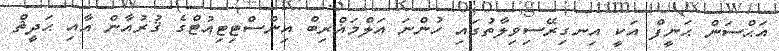
އަޙްސަން ޙަނީފް އަކީ އިނގިރޭސިވިލާތުގައި ހުންނަ އަލްމަޣްރިބް އިންސްޓިޓިއުޓްގެ ޤުރުއާން އާއި ޙަދީޘް